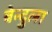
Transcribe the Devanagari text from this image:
बेन्दुला